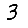
Digit: 3